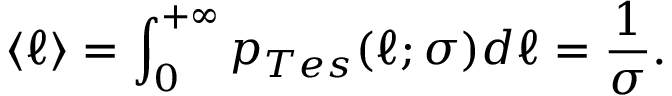
\langle \ell \rangle = \int _ { 0 } ^ { + \infty } p _ { T e s } ( \ell ; \sigma ) d \ell = \frac { 1 } { \sigma } .